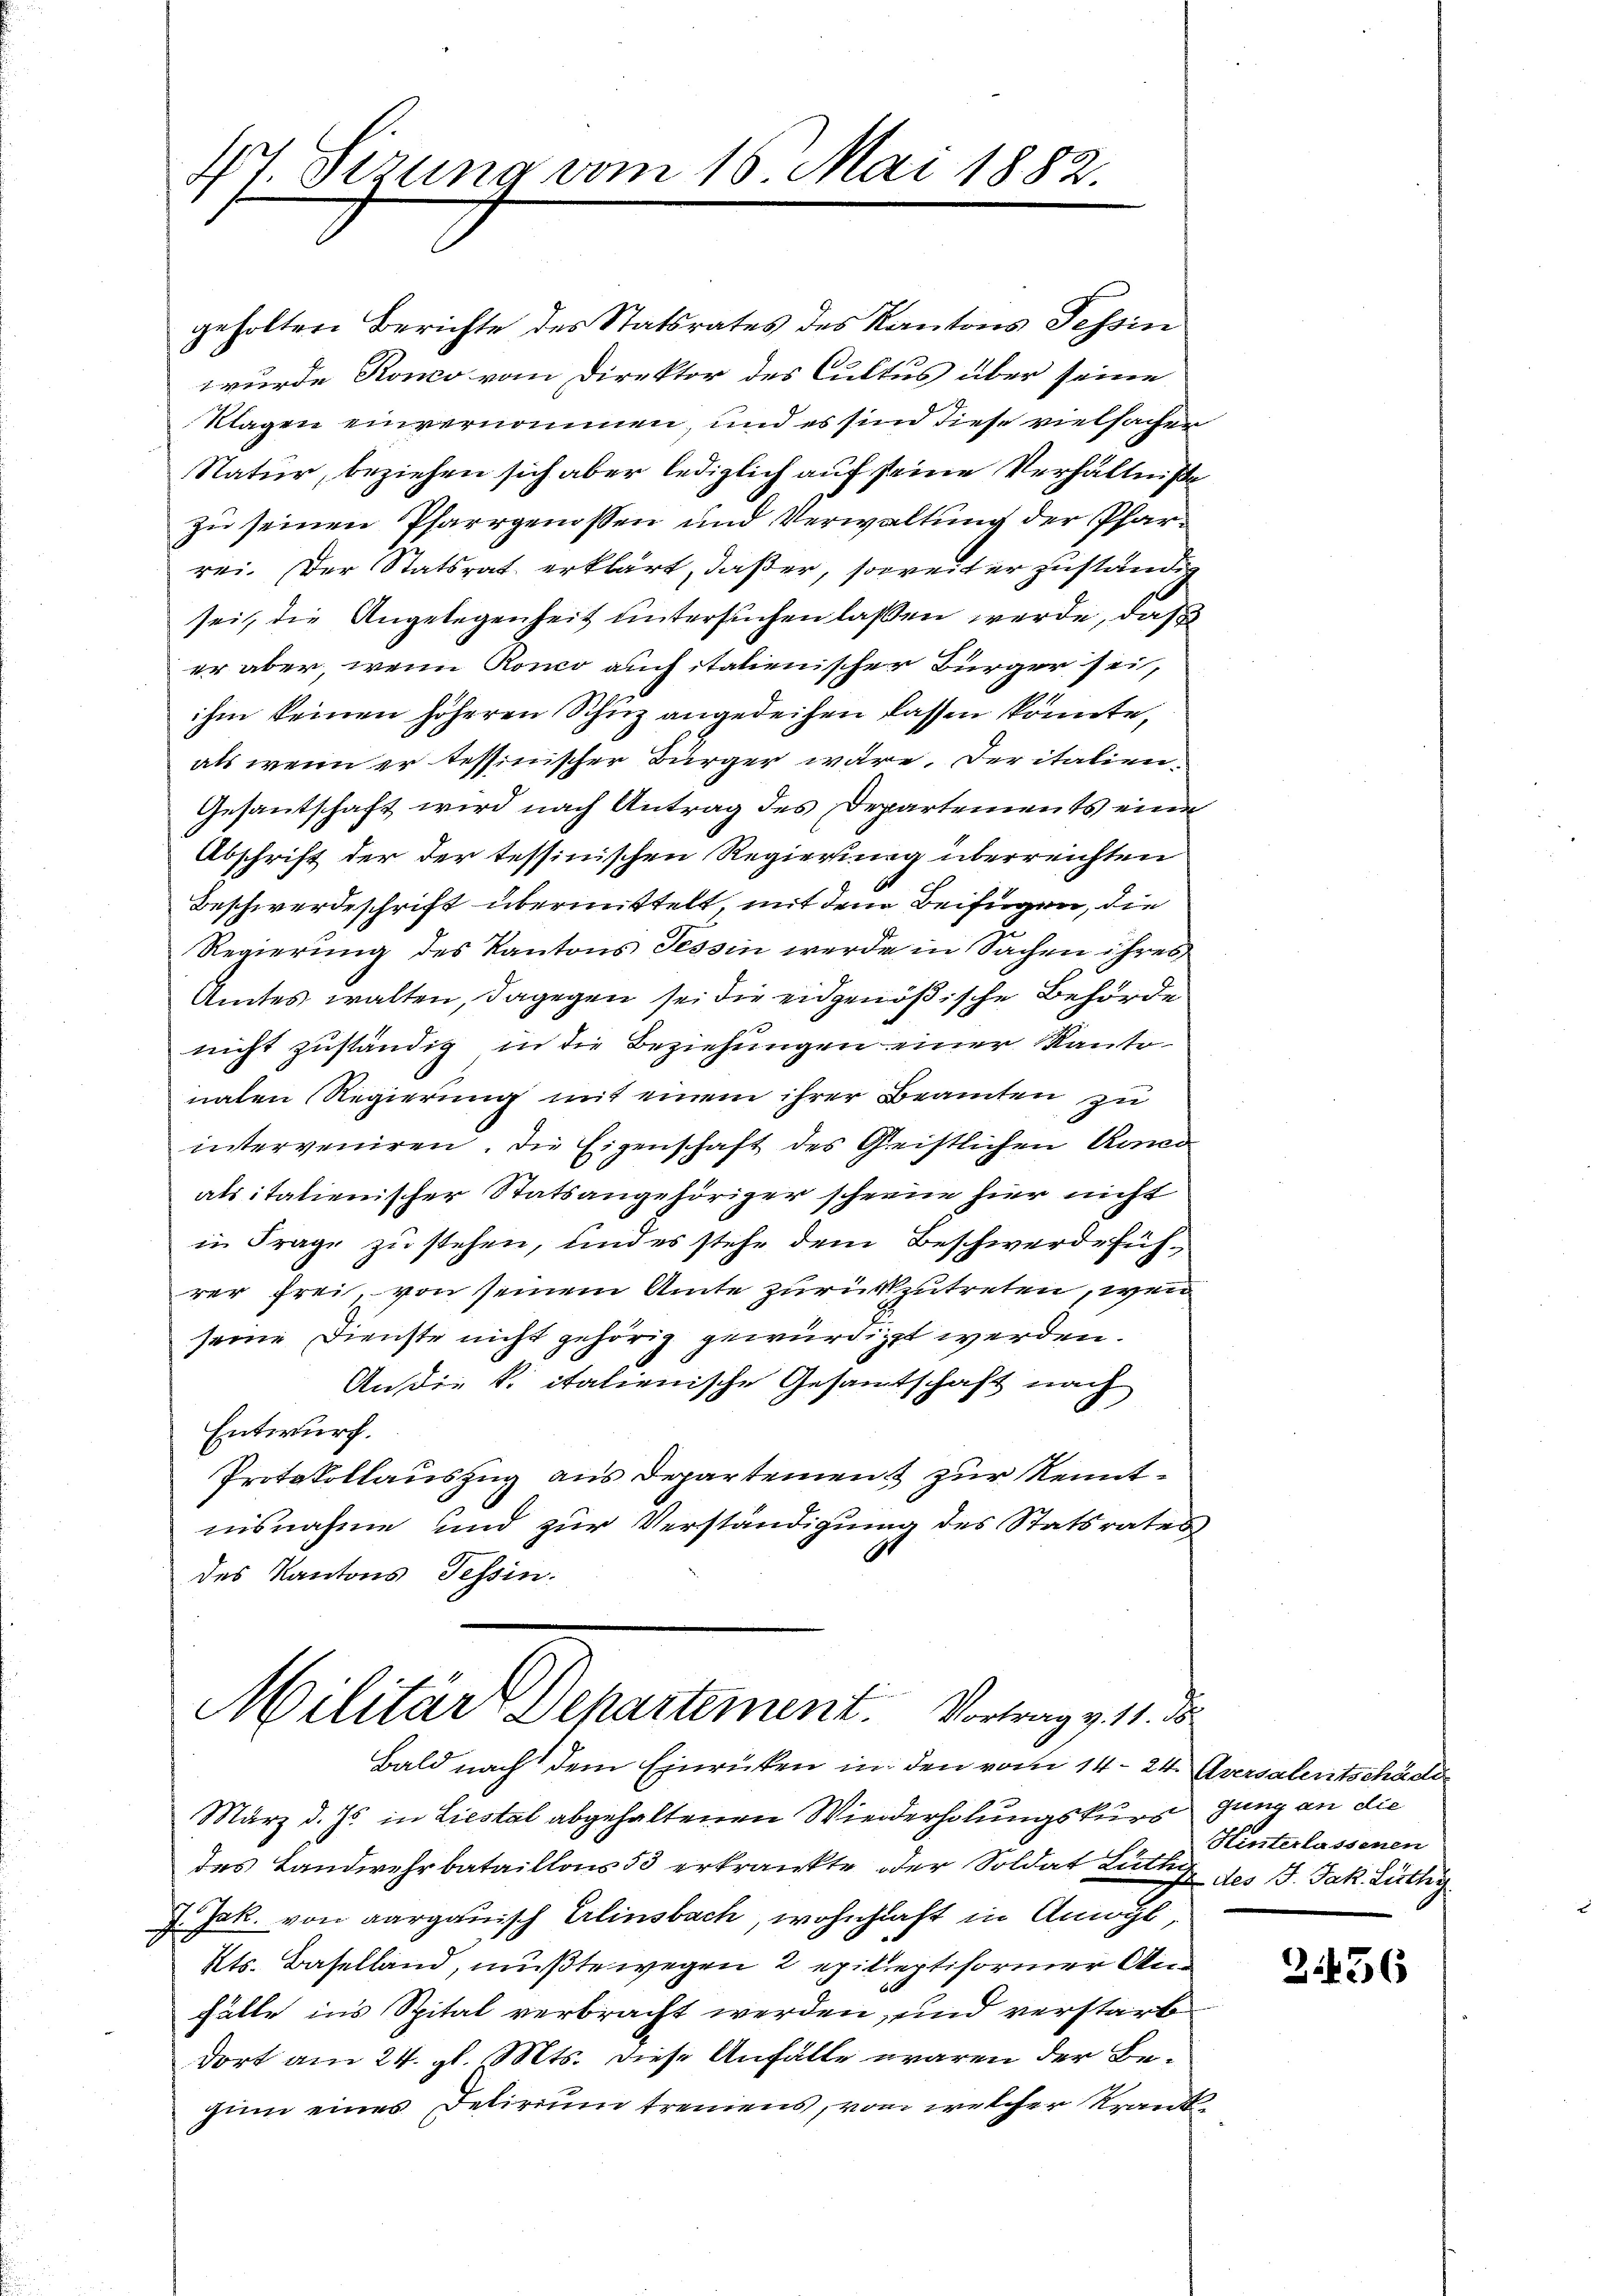
Sirung vom 16. Mai 1882.
4f

Militär Departement. Vortrag v. 11. d.
Bald nach dem Einrücken in den vom 14. 24. Aversalentschäde

geholten Berichte des Statsrates des Kantons Tessin
wurde Rono vom Direktor des Cultus über seine
Klagen einvernommen, und es sind diese vielsachen
Natur, beziehen sich aber lediglich auf seine Verhältniße
zu seinen Pfarrgenossen und Verwaltung der Pfarrei. Der Statsrat erklärt, daß er, soweiter zuständig
sei, die Angelegenheit untersuchen laßen werde, daß
er aber, wenn Ronco auch italienischer Bürger sei,
ihm keinen höheren Schuz angedeihen lassen könnte,
als wenn er tessinischer Bürger wäre. Der italien¬
Gesantschaft wird nach Antrag des Departements eine
Abschrift der der tessinischen Regierung überreichten
Beschwerdeschrift übermittelt, mit dem Beifügen, die
Regierung des Kantons Tessin werde in Sachen ihres
Amtes walten, dagegen sei die eidgenößische Behörde
nicht zuständig in die Beziehungen einer Kantonaten Regierung mit einem ihrer Beamten zu
interveniren. Die Eigenschaft des Geistlichen Amo
als italienischer Statsangehöriger schreue hier nicht
in Frage zu stehen, und es stehe dem Beschwerdeführer frei, von seinem Amte zurückzutreten, wenn
seine Dienste nicht gehörig gewürdigt werden.
An die k. italienische Gesamtschaft nach
Entwurf.
Protokollauszug aus Departemen & zur Kenntnisnahme und zur Verständigung des Statsrates
des Kantons Tessin.

März d. Js. in Liestal abgehaltenen Wiederholungskurs gung an die
des Landwehrbataillons 53 erkränkte der Soldat Lutter
7. Jak. von aargauisch Erlinsbach, wohnhaft in Angs
Kts. Baselland, mußte wegen 2 epileptiformer Anfälle ins Spital verbracht werden, und verstarb
dort am 24. gl. Mts. diese Anfälle waren der Bezinn eines Delirium treuens, von welcher Krand

Hinterlassenen
2 des J. Jak. Lüthy

2456